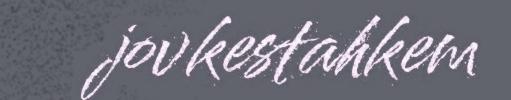
jovkestahkem